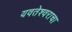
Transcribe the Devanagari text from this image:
यवतेश्वराचा